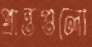
প্রান্তগুলো